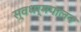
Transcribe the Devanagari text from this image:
स्वधर्मपालन